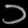
Digit: ၁